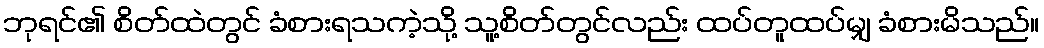
ဘုရင်၏ စိတ်ထဲတွင် ခံစားရသကဲ့သို့ သူ့စိတ်တွင်လည်း ထပ်တူထပ်မျှ ခံစားမိသည်။